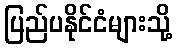
ပြည်ပနိုင်ငံများသို့